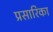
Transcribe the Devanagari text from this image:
प्रसारिका